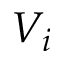
V _ { i }